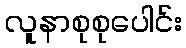
လူနာစုစုပေါင်း